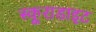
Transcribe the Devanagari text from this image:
स्कूराडाइट